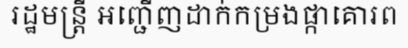
រដ្ឋមន្ត្រី អញ្ជើញដាក់កម្រងផ្កាគោរព